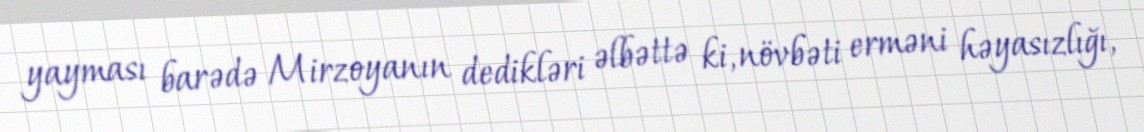
yayması barədə Mirzoyanın dedikləri əlbəttə ki, növbəti erməni həyasızlığı,